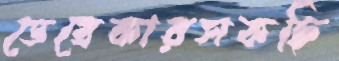
ডেব্রেকারসকছি